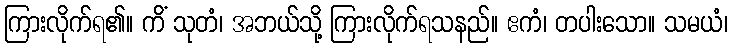
ကြားလိုက်ရ၏။ ကိံ သုတံ၊ အဘယ်သို့ ကြားလိုက်ရသနည်။ ဧကံ၊ တပါးသော။ သမယံ၊